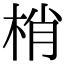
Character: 梢